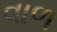
વાળ